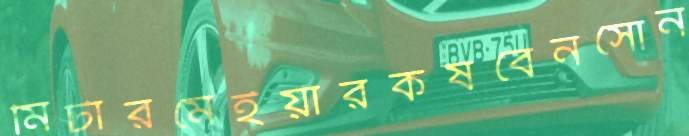
মিটারমেইয়ারকষবেনসোন